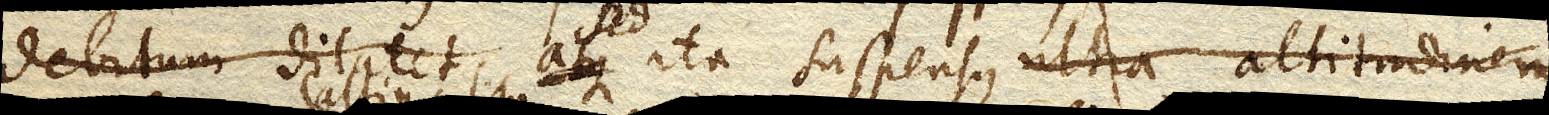
sed ita suspensus